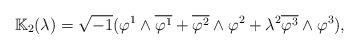
LaTeX: \begin{align*}\mathbb{K}_2(\lambda)=\sqrt{-1}(\varphi^1\wedge\overline{\varphi^1}+\overline{\varphi^2}\wedge \varphi^2+\lambda^2\overline{\varphi^3}\wedge \varphi^3),\end{align*}